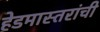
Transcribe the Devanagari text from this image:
हेडमास्तरांची